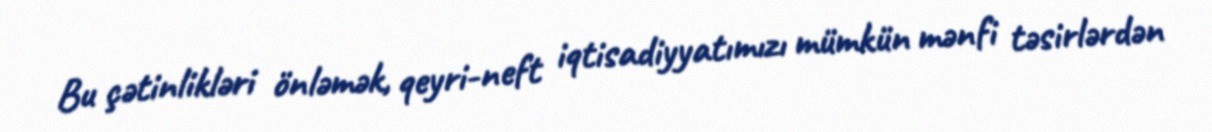
Bu çətinlikləri önləmək, qeyri-neft iqtisadiyyatımızı mümkün mənfi təsirlərdən